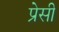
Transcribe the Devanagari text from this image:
प्रेसी